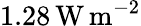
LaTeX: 1.28\, \mathrm{W}\, \mathrm{m}^{-2}